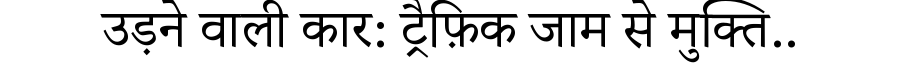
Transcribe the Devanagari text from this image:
उड़ने वाली कार: ट्रैफ़िक जाम से मुक्ति..